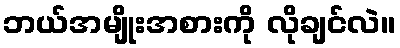
ဘယ်အမျိုးအစားကို လိုချင်လဲ။